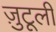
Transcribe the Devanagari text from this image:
ज़ुटूली